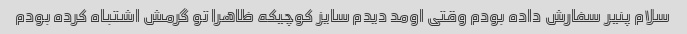
سلام پنیر سفارش داده بودم وقتی اومد دیدم سایز کوچیکه ظاهرا تو گرمش اشتباه کرده بودم